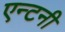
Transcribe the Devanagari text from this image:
एन्टनी